Leprosy in India: report of the Leprosy Commission in India, 1890-91
Year: 1890
Disease focus: Leprosy
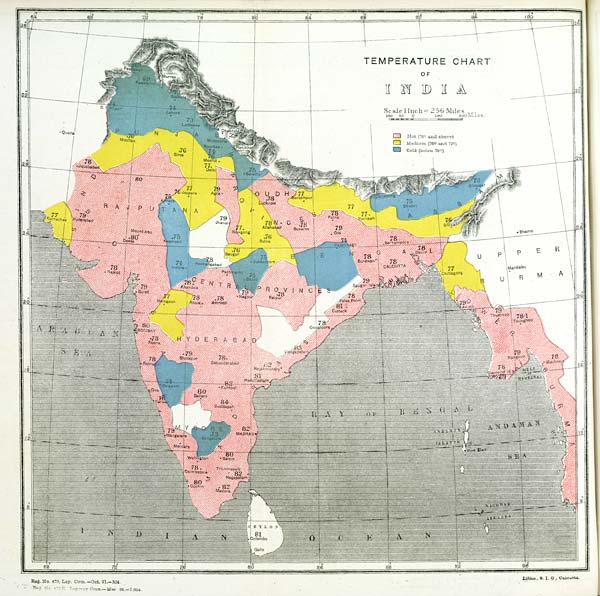
Reg. No. 475, Lep. Com.—Oct. 91.-304.
Reg. No. 475 R Leprosy Com.—Mar 92.—1,004.
Litho., S. I. O., Calcutta.